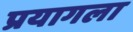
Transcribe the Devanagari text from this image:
प्रयागला